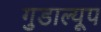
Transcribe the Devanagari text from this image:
गुडाल्यूप